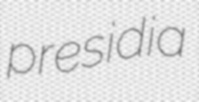
presidia